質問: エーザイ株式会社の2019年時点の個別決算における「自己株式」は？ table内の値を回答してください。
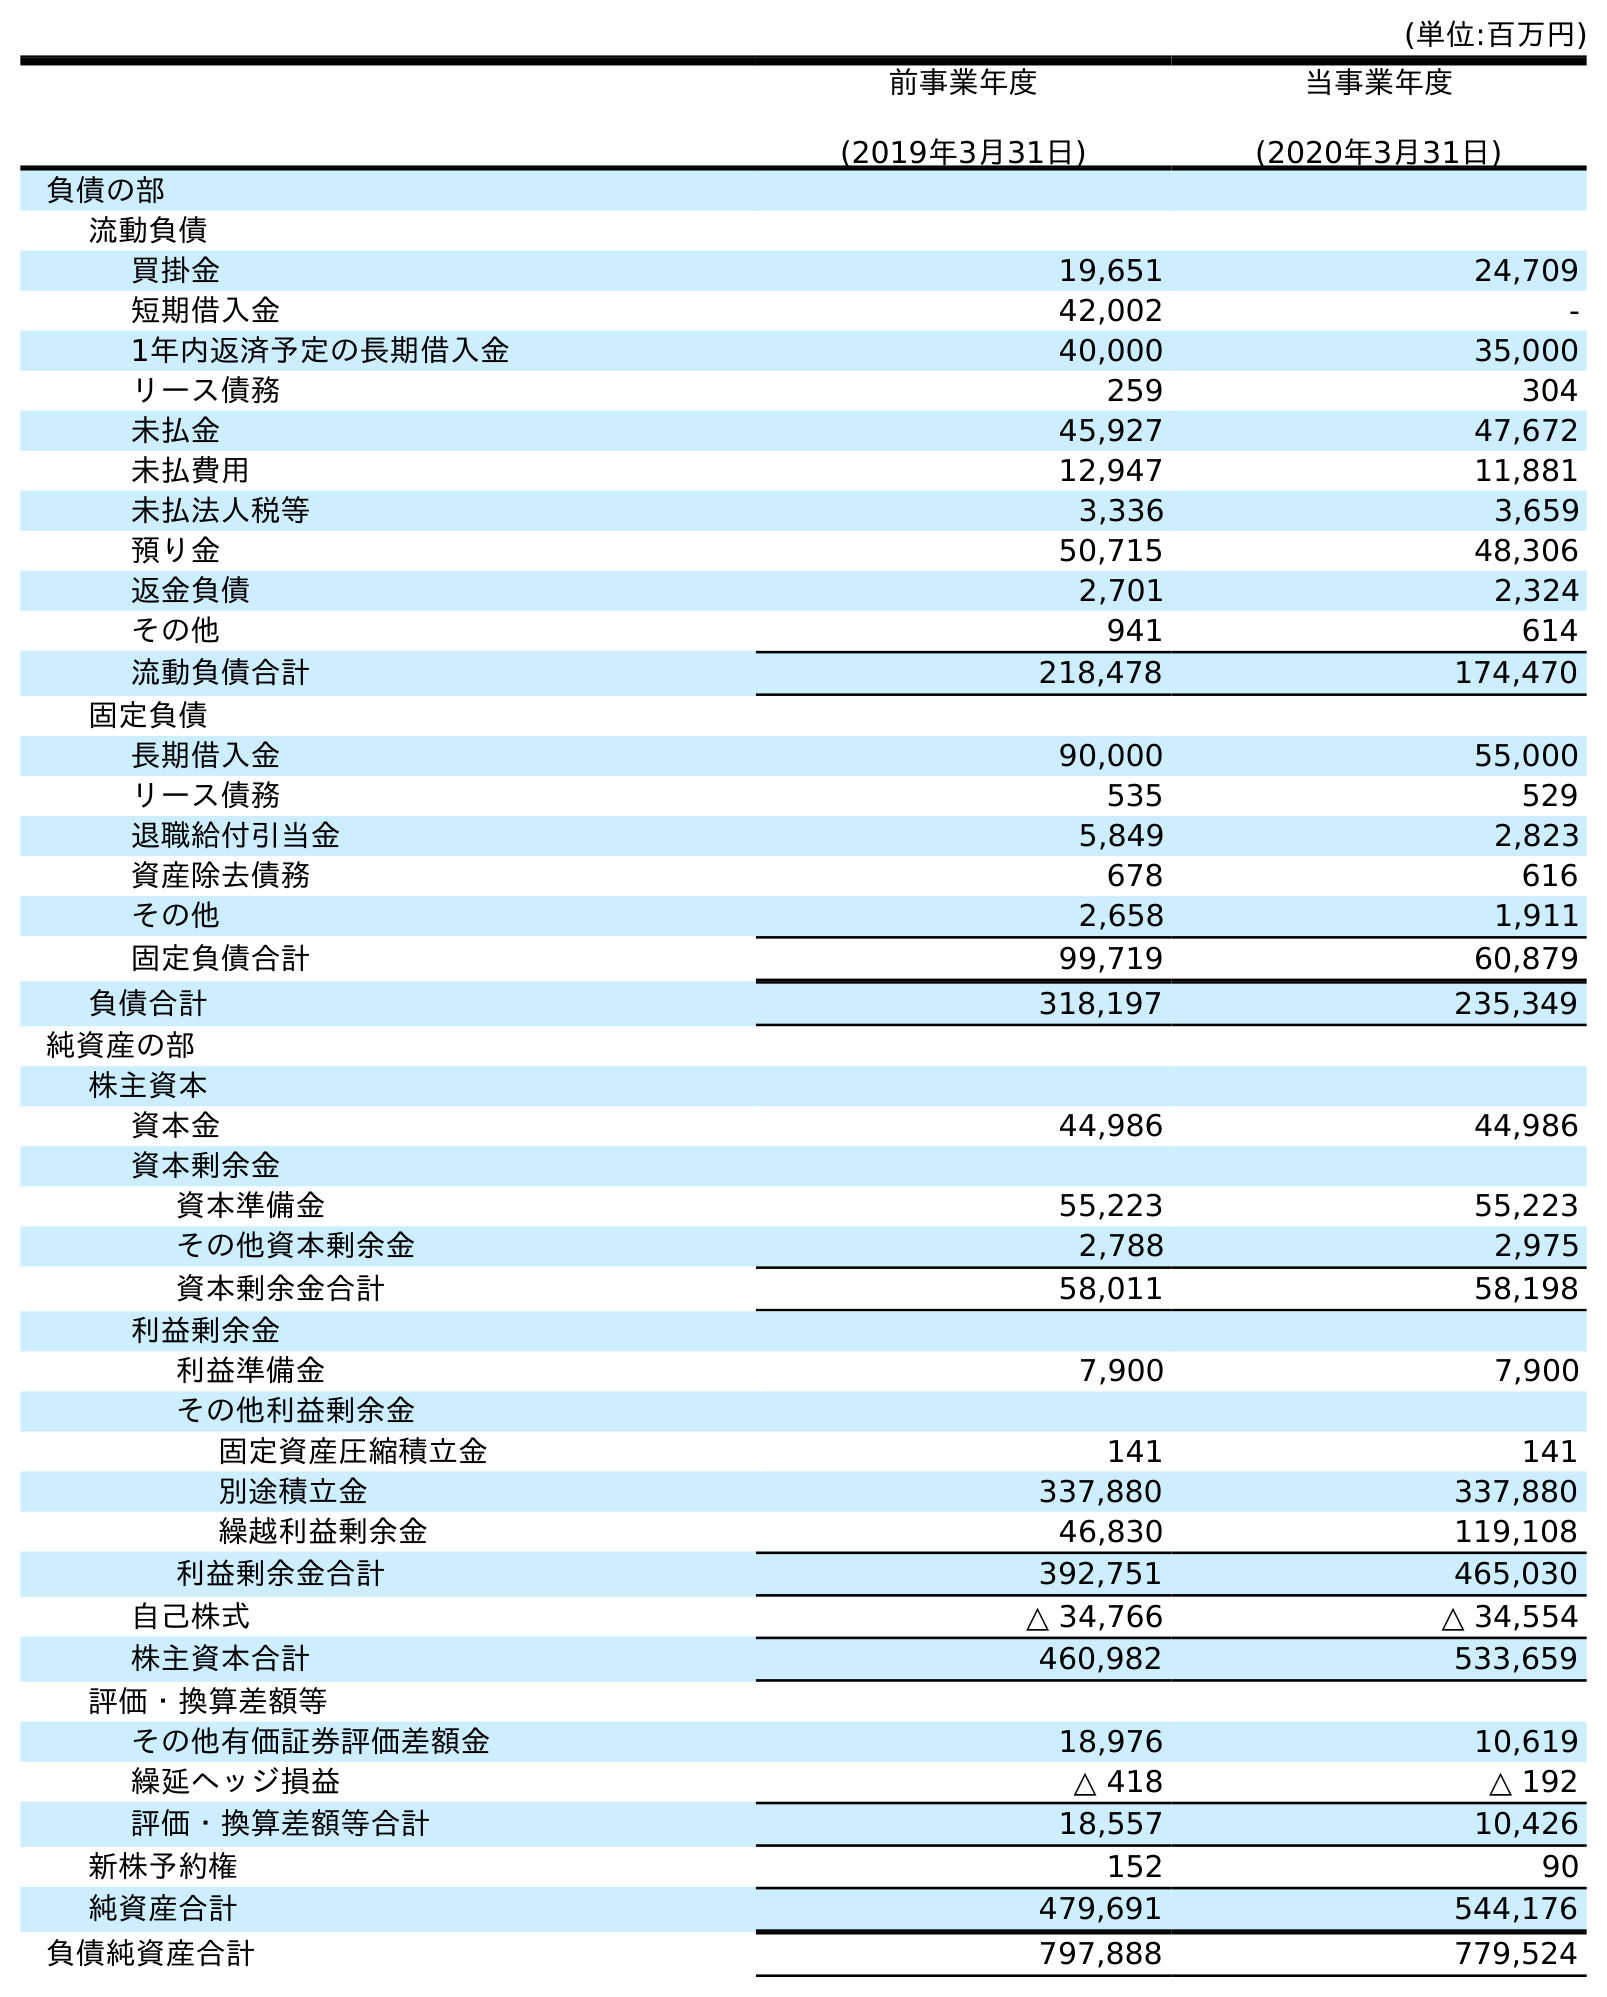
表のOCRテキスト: (単位:百万円) 前事業年度 (2019年3月31日) 当事業年度 (2020年3月31日) 負債の部 流動負債 買掛金 19,651 24,709 短期借入金 42,002 - 1年内返済予定の長期借入金 40,000 35,000 リース債務 259 304 未払金 45,927 47,672 未払費用 12,947 11,881 未払法人税等 3,336 3,659 預り金 50,715 48,306 返金負債 2,701 2,324 その他 941 614 流動負債合計 218,478 174,470 固定負債 長期借入金 90,000 55,000 リース債務 535 529 退職給付引当金 5,849 2,823 資産除去債務 678 616 その他 2,658 1,911 固定負債合計 99,719 60,879 負債合計 318,197 235,349 純資産の部 株主資本 資本金 44,986 44,986 資本剰余金 資本準備金 55,223 55,223 その他資本剰余金 2,788 2,975 資本剰余金合計 58,011 58,198 利益剰余金 利益準備金 7,900 7,900 その他利益剰余金 固定資産圧縮積立金 141 141 別途積立金 337,880 337,880 繰越利益剰余金 46,830 119,108 利益剰余金合計 392,751 465,030 自己株式 △ 34,766 △ 34,554 株主資本合計 460,982 533,659 評価・換算差額等 その他有価証券評価差額金 18,976 10,619 繰延ヘッジ損益 △ 418 △ 192 評価・換算差額等合計 18,557 10,426 新株予約権 152 90 純資産合計 479,691 544,176 負債純資産合計 797,888 779,524
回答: △34,766